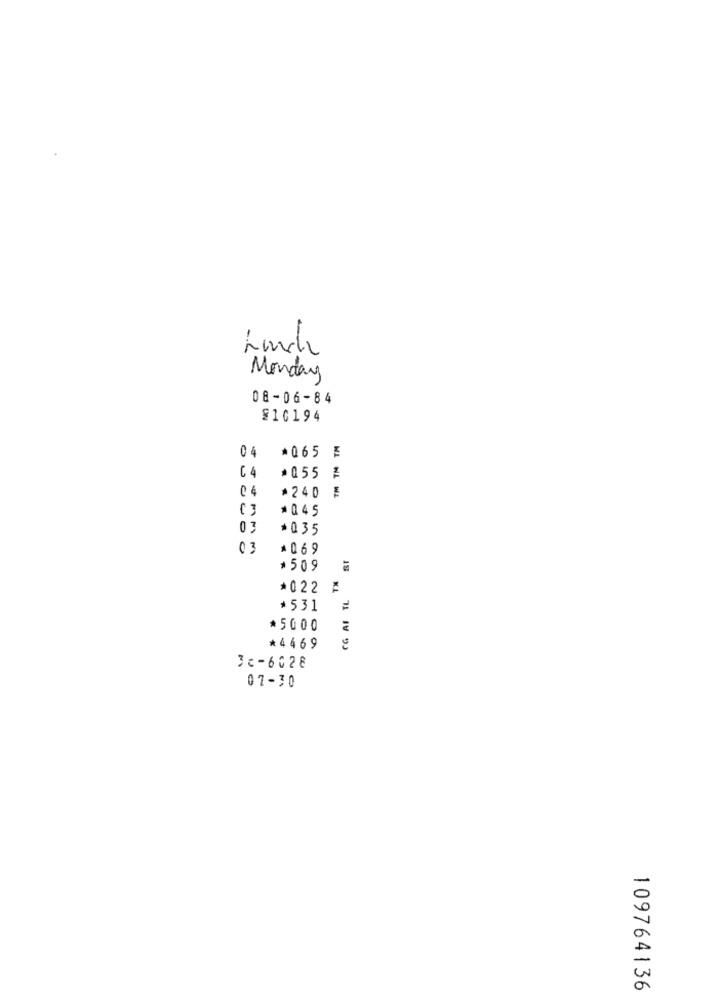
-. 4
Monday
08-06-84
£10194
04
*065 E
C 4
*055 ₣
*240 ₣
( 3
#045
.035
00
#069
+509
*022 #
GG AI TL
*531
* 5000
*446 9
3c-6028
07-30
109764136